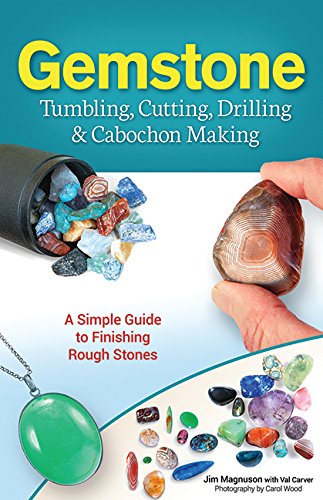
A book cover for Gemstone Tumbling, Cutting, Drilling & Cabochon Making; James Magnuson; Science & Math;